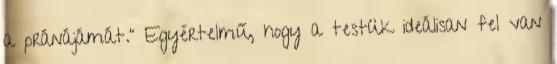
a pránájámát.” Egyértelmű, hogy a testük ideálisan fel van